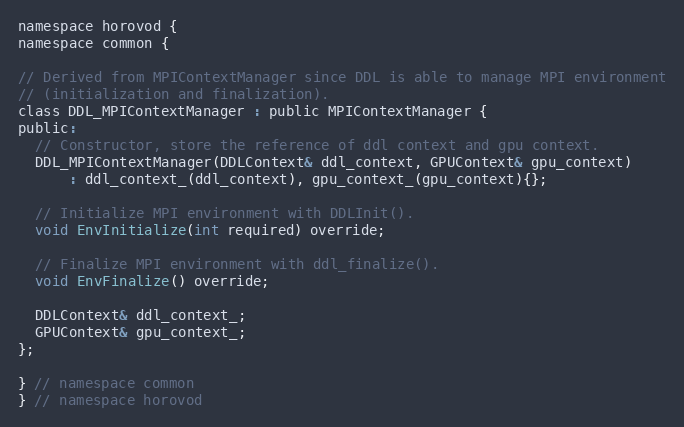
Language: C
namespace horovod {
namespace common {

// Derived from MPIContextManager since DDL is able to manage MPI environment
// (initialization and finalization).
class DDL_MPIContextManager : public MPIContextManager {
public:
  // Constructor, store the reference of ddl context and gpu context.
  DDL_MPIContextManager(DDLContext& ddl_context, GPUContext& gpu_context)
      : ddl_context_(ddl_context), gpu_context_(gpu_context){};

  // Initialize MPI environment with DDLInit().
  void EnvInitialize(int required) override;

  // Finalize MPI environment with ddl_finalize().
  void EnvFinalize() override;

  DDLContext& ddl_context_;
  GPUContext& gpu_context_;
};

} // namespace common
} // namespace horovod